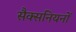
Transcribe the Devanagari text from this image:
सैक्सनियनों